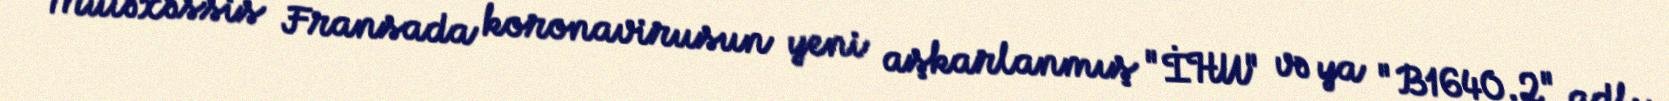
Mütəxəssis Fransada koronavirusun yeni aşkarlanmış "İHU" və ya "B1640.2" adlı